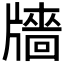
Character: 𤗼